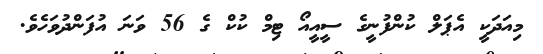
މިއަދަކީ އެޕަލް ކުންފުނީގެ ސީއީއޯ ޓިމް ކުކް ގެ 56 ވަނަ އުފަންދުވަހެވެ.